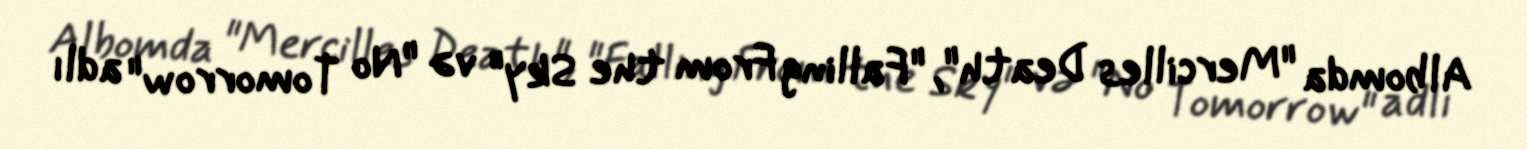
Albomda "Mercilles Death", "Falling From the Sky" və "No Tomorrow" adlı